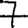
Digit: 7